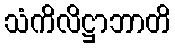
သံကိလိဋ္ဌာဘာတိ